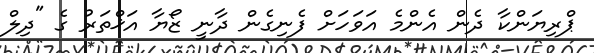
ޕްރިޔަންކާ ދެން އެންމެ އަވަހަށް ފެނިގެން ދާނީ ޒޯޔާ އަޚްތަރު ގެ "ދިލް